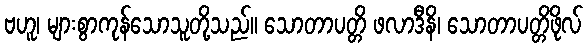
ဗဟူ၊ များစွာကုန်သောသူတို့သည်။ သောတာပတ္တိ ဖလာဒီနိ၊ သောတာပတ္တိဖိုလ်